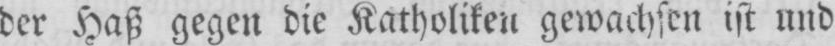
der Haß gegen die Katholiken gewachsen ist und